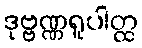
ဒုဗ္ဗဏ္ဏရူပါတ္ထ